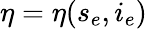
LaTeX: \eta=\eta(s_{e},i_{e})